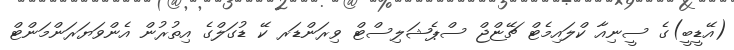
(އޭޑީބީ)ގެ ސީނިއާ ކްލައިމެޓް ޗޭޏްޖް ސްޕެޝަލިސްޓް ވިރަންޑަރ ކޭ ޑުގަލްގެ އިތުރުން އެންވަޔަރަންމަންޓް